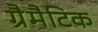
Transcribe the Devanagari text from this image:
ग्रैमैटिक